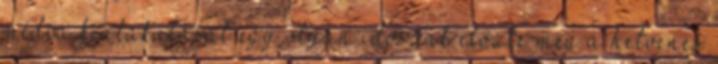
média kialakulását egy olyan időszak előzte meg a hetvenes